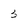
Character: 3